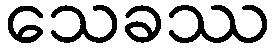
သေခဿ